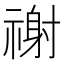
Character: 𥛖